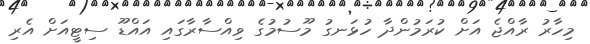
މިހާރު ރާއްޖެ އަށް ކުރަމުންދާ ހުޅަނގު މޫސުމުގެ ވިއްސާރާގައި އައްޑޫ ސިޓީއަށް އެރި